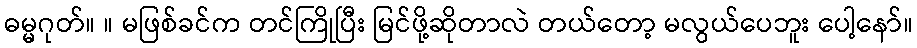
ဓမ္မဂုတ်။ ။ မဖြစ်ခင်က တင်ကြိုပြီး မြင်ဖို့ဆိုတာလဲ တယ်တော့ မလွယ်ပေဘူး ပေါ့နော်။